Annual report of the Civil Veterinary Department, Bengal, for the year 1897-98 - 1897-1898
Year: 1897
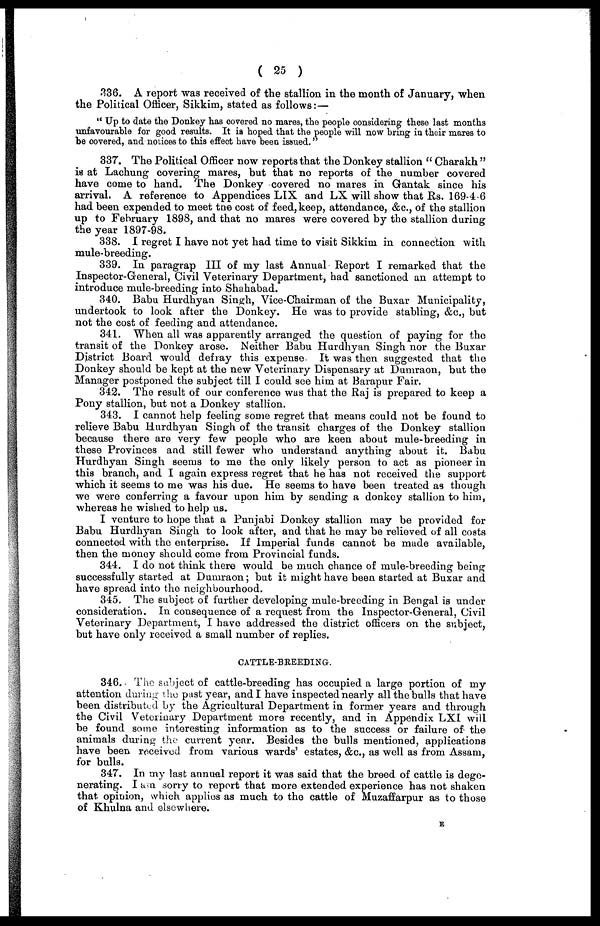
( 25 )
336. A report was received of the stallion in the month of January, when
the Political Officer, Sikkim, stated as follows:—
"Up to date the Donkey has covered no mares, the people considering these last months
unfavourable for good results. It is hoped that the people will now bring in their mares to
be covered, and notices to this effect have been issued."
337. The Political Officer now reports that the Donkey stallion "Charakh"
is at Lachung covering mares, but that no reports of the number covered
have come to hand. The Donkey covered no mares in Gantak since his
arrival. A reference to Appendices LIX and LX will show that Rs. 169.4.6
had been expended to meet the cost of feed, keep, attendance, &c., of the stallion
up to February 1898, and that no mares were covered by the stallion during
the year 1897-98.
338. I regret I have not yet had time to visit Sikkim in connection with
mule-breeding.
339. In paragrap III of my last Annual Report I remarked that the
Inspector-General, Civil Veterinary Department, had sanctioned an attempt to
introduce mule-breeding into Shahabad.
340. Babu Hurdhyan Singh, Vice-Chairman of the Buxar Municipality,
undertook to look after the Donkey. Ho was to provide stabling, &c, but
not the cost of feeding and attendance.
341. When all was apparently arranged the question of paying for the
transit of the Donkey arose. Neither Babu Hurdhyan Singh nor the Buxar
District Board would defray this expense. It was then suggested that the
Donkey should be kept at the new Veterinary Dispensary at Dumraon, but the
Manager postponed the subject till I could see him at Barapur Fair.
342. The result of our conference was that the Raj is prepared to keep a
Pony stallion, but not a Donkey stallion.
343. I cannot help feeling some regret that means could not be found to
relieve Babu Hurdhyan Singh of the transit charges of the Donkey stallion
because there are very few people who are keen about mule-breeding in
these Provinces and still fewer who understand anything about it. Babu
Hurdhyan Singh seems to me the only likely person to act as pioneer in
this branch, and I again express regret that he has not received the support
which it seems to me was his due. Ho seems to have been treated as though
we were conferring a favour upon him by sending a donkey stallion to him,
whereas he wished to help us.
I venture to hope that a Punjabi Donkey stallion may be provided for
Babu Hurdhyan Singh to look after, and that he may be relieved of all costs
connected with the enterprise. If Imperial funds cannot be made available,
then the money should come from Provincial funds.
344. I do not think there would bo much chance of mule-breeding being
successfully started at Dumraon; but it might have been started at Buxar and
have spread into the neighbourhood.
345. The subject of further developing mule-breeding in Bengal is under
consideration. In consequence of a request from the Inspector-General, Civil
Veterinary Department, I have addressed the district officers on the subject,
but have only received a small number of replies.
CATTLE-BREEDING.
346. The subject of cattle-breeding has occupied a large portion of my
attention during the past year, and I have inspected nearly all the bulls that have
been distributed by the Agricultural Department in former years and through
the Civil Veterinary Department more recently, and in Appendix LXI will
be found some interesting information as to the success or failure of the
animals during the current year. Besides the bulls mentioned, applications
have been received from various wards' estates, &c., as well as from Assam,
for bulls.
347. In my last annual report it was said that the breed of cattle is dege-
nerating. I am sorry to report that more extended experience has not shaken
that opinion, which applies as much to the cattle of Muzaffarpur as to those
of Khulna and elsewhere.
E